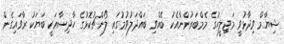
ޝިޔާމް ވިދާޅުވީ މަޖިލީހުގެ މެމްބަރުންނާއެކު ބޭއްވި ބައްދަލުވުމުގައި ލޯންޗުކޮޅުގެ ހާދިސާއަކީ ބަޔަކު ރާވައިގެން